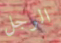
الرجل